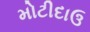
મોટીદાઉ